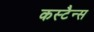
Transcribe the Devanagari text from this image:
कस्टैन्स